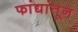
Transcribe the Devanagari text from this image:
फांद्यांतून